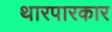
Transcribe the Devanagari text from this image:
थारपारकार